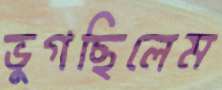
ভুগছিলেম